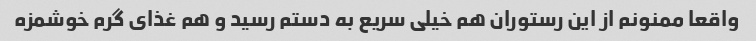
واقعا ممنونم از این رستوران هم خیلی سریع به دستم رسید و هم غذای گرم خوشمزه